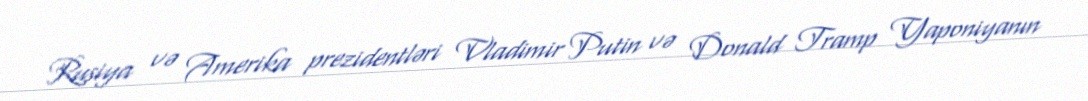
Rusiya və Amerika prezidentləri Vladimir Putin və Donald Tramp Yaponiyanın